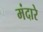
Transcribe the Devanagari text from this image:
मंदारे